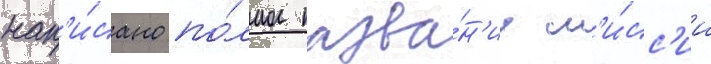
нап'и́сано по́лное назва́н'ие м'и́сс'ии